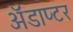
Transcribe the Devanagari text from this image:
ॲडाप्टर